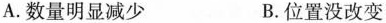
A.数量明显减少 B.位置没改变